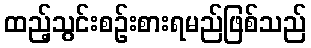
ထည့်သွင်းစဉ်းစားရမည်ဖြစ်သည်